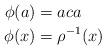
LaTeX: \begin{align*}\phi(a) &= aca\\\phi(x) &= \rho^{-1}(x)\end{align*}